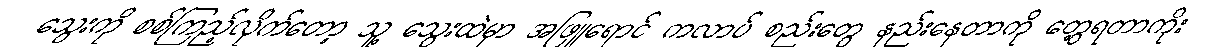
သွေးကို စစ်ကြည့်လိုက်တော့ သူ့ သွေးထဲမှာ အဖြူရောင် ကလာပ် စည်းတွေ နည်းနေတာကို တွေ့ရတာကိုး